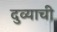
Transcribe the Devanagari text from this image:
दुव्याची